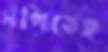
সঁপিতেছ